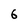
Character: 6